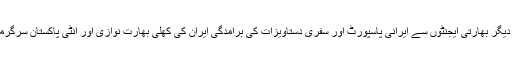
بھارتی جاسوس کلبھوشن اور دیگر بھارتی ایجنٹوں سے ایرانی پاسپورٹ اور سفری دستاویزات کی برامدگی ایران کی کھلی بھارت نوازی اور انٹی پاکستان سرگرمیوں کا ناقابل تردید ثبوت ہیں۔